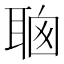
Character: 𦕻